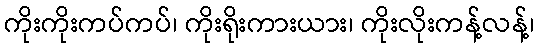
ကိုးကိုးကပ်ကပ်၊ ကိုးရိုးကားယား၊ ကိုးလိုးကန့်လန့်၊